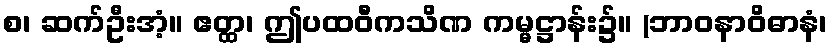
စ၊ ဆက်ဦးအံ့။ ဧတ္ထ၊ ဤပထဝီကသိဏ ကမ္မဋ္ဌာန်း၌။ (ဘာဝနာဝိဓာနံ၊